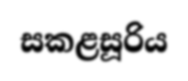
සකළසූරිය